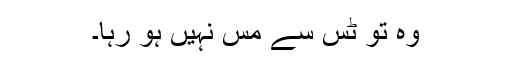
وہ تو ٹَس سے مَس نہیں ہو رہا۔